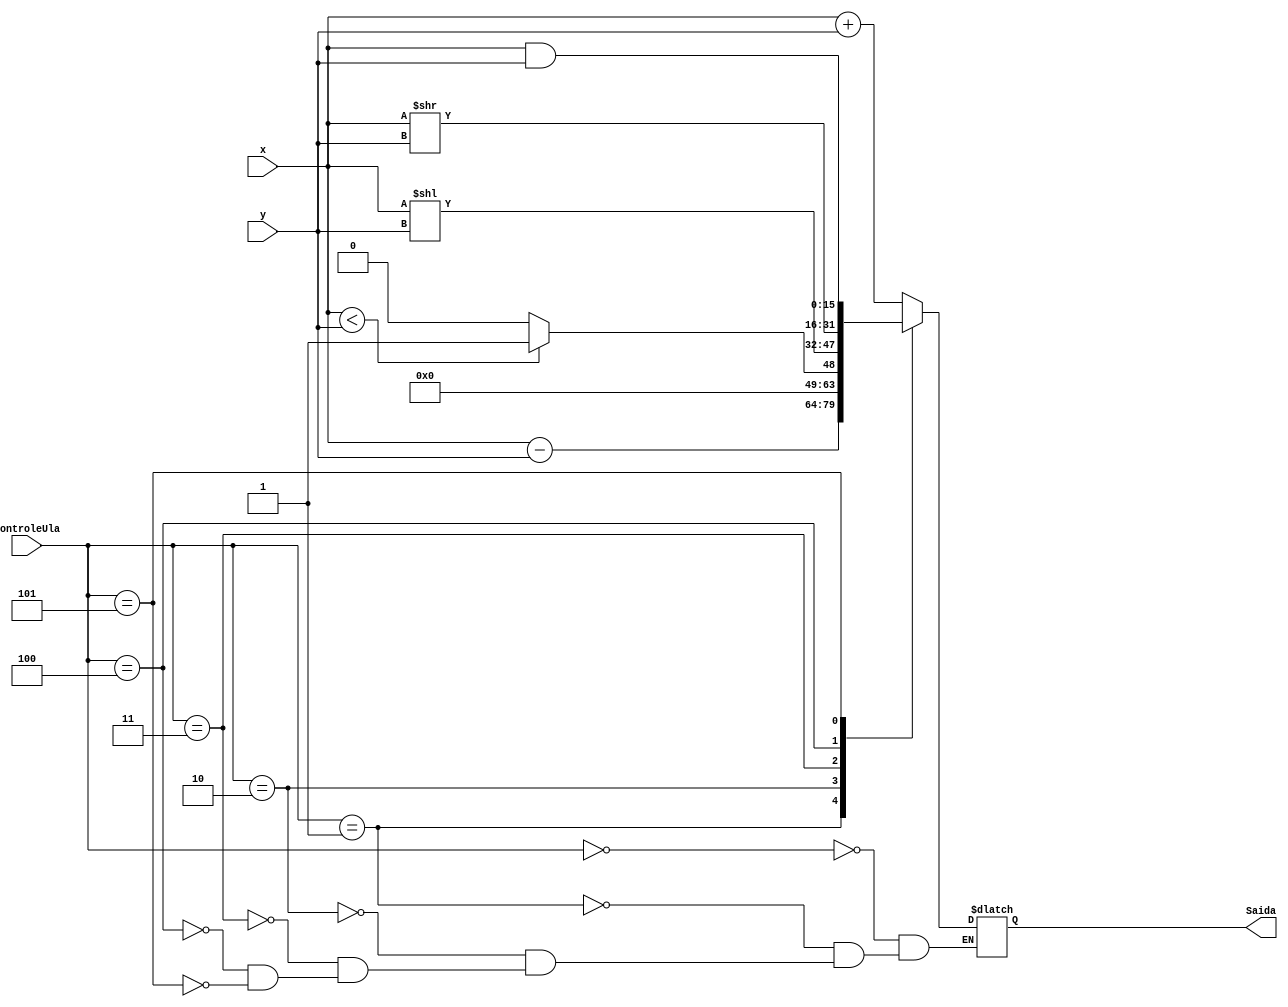
module ULA (ControleUla, x, y, Saida);
	input	[2:0] ControleUla;
	input  [15:0] x;
	input [15:0] y;
	output reg [15:0] Saida;
	
	always @(*)
	  begin	 
		 case (ControleUla)
			3'b000: 
				begin//add
					Saida = x + y;
				end
			3'b001: 
				begin//sub
					Saida = x - y;
				end
			3'b010: 
				begin//slt
					if(x<y)
						Saida = 1;
					else
						Saida = 0;
				end
			3'b011: 
				begin//sll
					Saida = x << y;
				end
			3'b100: 
				begin//srl
					Saida = x >> y;
				end
			3'b101: 
				begin//and
					Saida = x & y;
				end
		 endcase
	end
endmodule